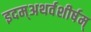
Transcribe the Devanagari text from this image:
इदम्‌अथर्वशीर्षम्‌